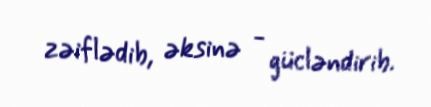
zəiflədib, əksinə - gücləndirib.